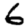
Digit: 6